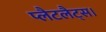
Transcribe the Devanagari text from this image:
प्लैटलैट्स।